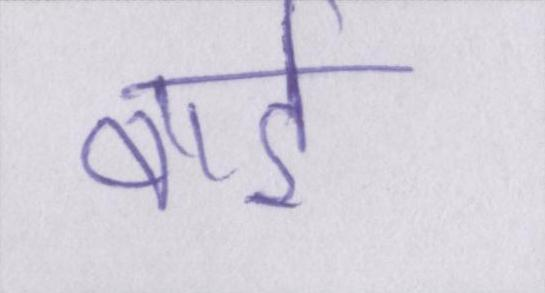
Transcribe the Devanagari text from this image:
वार्ड